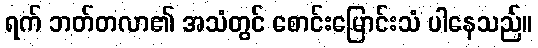
ရက် ဘတ်တလာ၏ အသံတွင် စောင်းမြောင်းသံ ပါနေသည်။